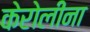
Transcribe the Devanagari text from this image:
केरोलीना